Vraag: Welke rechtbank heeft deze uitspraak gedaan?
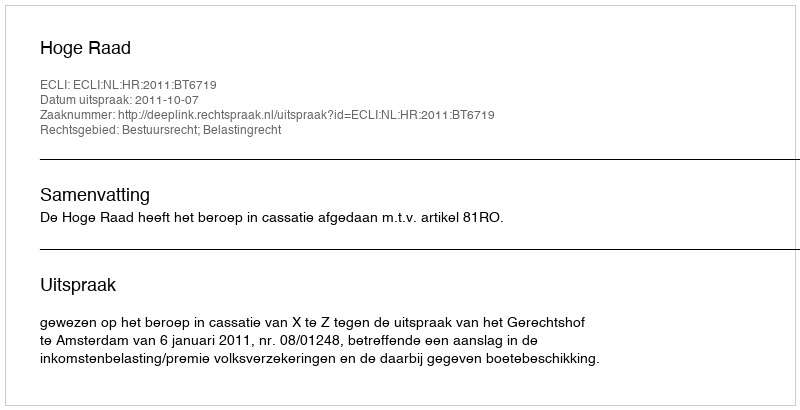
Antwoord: Hoge Raad